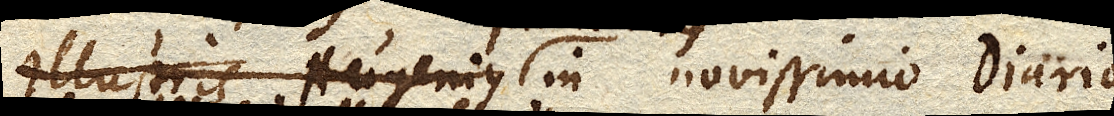
Illustris Hugenius in novissimo Diario